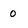
Character: 0